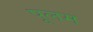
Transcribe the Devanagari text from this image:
पूलम